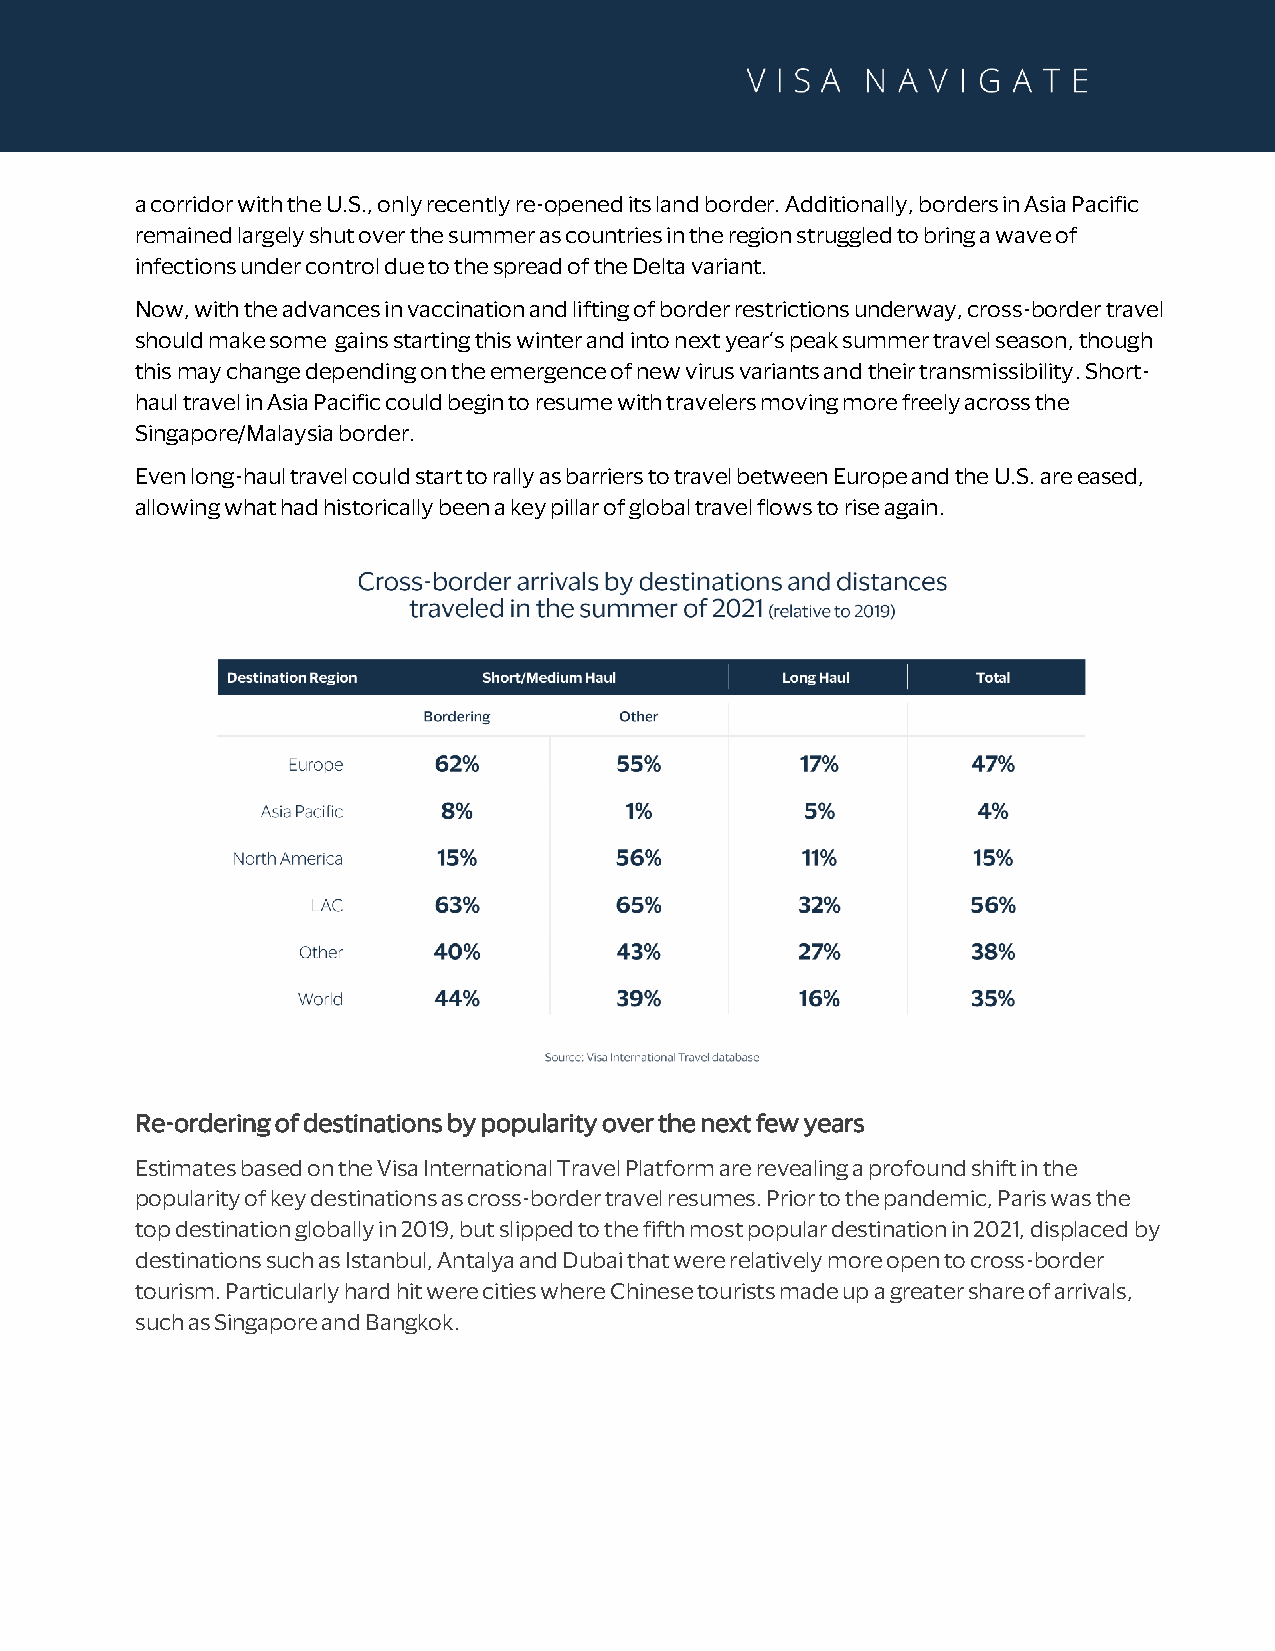
a corridor with the U.S., only recently re-opened its land border. Additionally, borders in Asia Pacific
 remained largely shut over the summer as countries in the region struggled to bring a wave of
 infections under control due to the spread of the Delta variant.
 Now, with the advances in vaccination and lifting of border restrictions underway, cross-border travel
 should make some gains starting this winter and into next year’s peak summer travel season, though
 this may change depending on the emergence of new virus variants and their transmissibility. Short-
 haul travel in Asia Pacific could begin to resume with travelers moving more freely across the
 Singapore/Malaysia border.
 Even long-haul travel could start to rally as barriers to travel between Europe and the U.S. are eased,
 allowing what had historically been a key pillar of global travel flows to rise again.
 Re-ordering of destinations by popularity over the next few years
 Estimates based on the Visa International Travel Platform are revealing a profound shift in the
 popularity of key destinations as cross-border travel resumes. Prior to the pandemic, Paris was the
 top destination globally in 2019, but slipped to the fifth most popular destination in 2021, displaced by
 destinations such as Istanbul, Antalya and Dubai that were relatively more open to cross-border
 tourism. Particularly hard hit were cities where Chinese tourists made up a greater share of arrivals,
 such as Singapore and Bangkok.